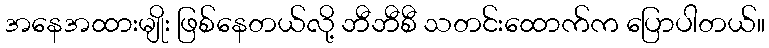
အနေအထားမျိုး ဖြစ်နေတယ်လို့ ဘီဘီစီ သတင်းထောက်က ပြောပါတယ်။